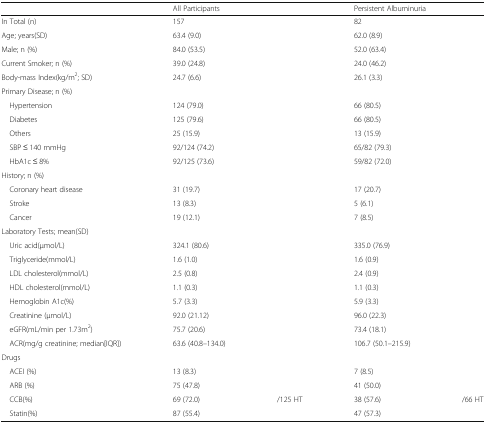
<table><thead><tr><td></td><td><b>All Participants</b></td><td></td><td colspan="2"><b>Persistent Albuminuria</b></td></tr></thead><tbody><tr><td>In Total (n)</td><td>157</td><td></td><td>82</td><td></td></tr><tr><td>Age; years(SD)</td><td>63.4 (9.0)</td><td></td><td>62.0 (8.9)</td><td></td></tr><tr><td>Male; n (%)</td><td>84.0 (53.5)</td><td></td><td>52.0 (63.4)</td><td></td></tr><tr><td>Current Smoker; n (%)</td><td>39.0 (24.8)</td><td></td><td>24.0 (46.2)</td><td></td></tr><tr><td>Body-mass Index(kg/m<sup>2</sup>; SD)</td><td>24.7 (6.6)</td><td></td><td>26.1 (3.3)</td><td></td></tr><tr><td colspan="5">Primary Disease; n (%)</td></tr><tr><td> Hypertension</td><td>124 (79.0)</td><td></td><td>66 (80.5)</td><td></td></tr><tr><td> Diabetes</td><td>125 (79.6)</td><td></td><td>66 (80.5)</td><td></td></tr><tr><td> Others</td><td>25 (15.9)</td><td></td><td>13 (15.9)</td><td></td></tr><tr><td> SBP ≤ 140 mmHg</td><td>92/124 (74.2)</td><td></td><td>65/82 (79.3)</td><td></td></tr><tr><td> HbA1c ≤ 8%</td><td>92/125 (73.6)</td><td></td><td>59/82 (72.0)</td><td></td></tr><tr><td colspan="5">History; n (%)</td></tr><tr><td> Coronary heart disease</td><td>31 (19.7)</td><td></td><td>17 (20.7)</td><td></td></tr><tr><td> Stroke</td><td>13 (8.3)</td><td></td><td>5 (6.1)</td><td></td></tr><tr><td> Cancer</td><td>19 (12.1)</td><td></td><td>7 (8.5)</td><td></td></tr><tr><td colspan="5">Laboratory Tests; mean(SD)</td></tr><tr><td> Uric acid(μmol/L)</td><td>324.1 (80.6)</td><td></td><td>335.0 (76.9)</td><td></td></tr><tr><td> Triglyceride(mmol/L)</td><td>1.6 (1.0)</td><td></td><td>1.6 (0.9)</td><td></td></tr><tr><td> LDL cholesterol(mmol/L)</td><td>2.5 (0.8)</td><td></td><td>2.4 (0.9)</td><td></td></tr><tr><td> HDL cholesterol(mmol/L)</td><td>1.1 (0.3)</td><td></td><td>1.1 (0.3)</td><td></td></tr><tr><td> Hemoglobin A1c(%)</td><td>5.7 (3.3)</td><td></td><td>5.9 (3.3)</td><td></td></tr><tr><td> Creatinine (μmol/L)</td><td>92.0 (21.12)</td><td></td><td>96.0 (22.3)</td><td></td></tr><tr><td> eGFR(mL/min per 1.73m<sup>2</sup>)</td><td>75.7 (20.6)</td><td></td><td>73.4 (18.1)</td><td></td></tr><tr><td> ACR(mg/g creatinine; median[IQR])</td><td>63.6 (40.8–134.0)</td><td></td><td>106.7 (50.1–215.9)</td><td></td></tr><tr><td colspan="5">Drugs</td></tr><tr><td> ACEI (%)</td><td>13 (8.3)</td><td></td><td>7 (8.5)</td><td></td></tr><tr><td> ARB (%)</td><td>75 (47.8)</td><td></td><td>41 (50.0)</td><td></td></tr><tr><td> CCB(%)</td><td>69 (72.0)</td><td>/125 HT</td><td>38 (57.6)</td><td>/66 HT</td></tr><tr><td> Statin(%)</td><td>87 (55.4)</td><td></td><td>47 (57.3)</td><td></td></tr></tbody></table>